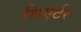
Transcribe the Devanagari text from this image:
थिएर्टर